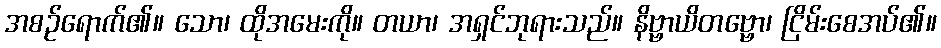
အစဉ်ရောက်၏။ သော၊ ထိုအမေးကို။ တယာ၊ အရှင်ဘုရားသည်။ နိဗ္ဗာယိတဗ္ဗော၊ ငြိမ်းစေအပ်၏။